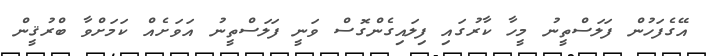
އޭގެފަހުން ފަލަސްތީނު މީހާ ކާރުގައި ފިލައިގެންގޮސް ވަނީ ފަލަސްތީނު އަވަށެއް ކަމަށްވާ ބްރުޤީން